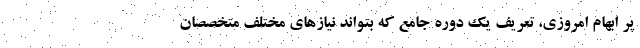
پر ابهام امروزي، تعريف يك دوره جامع كه بتواند نيازهاي مختلف متخصصان